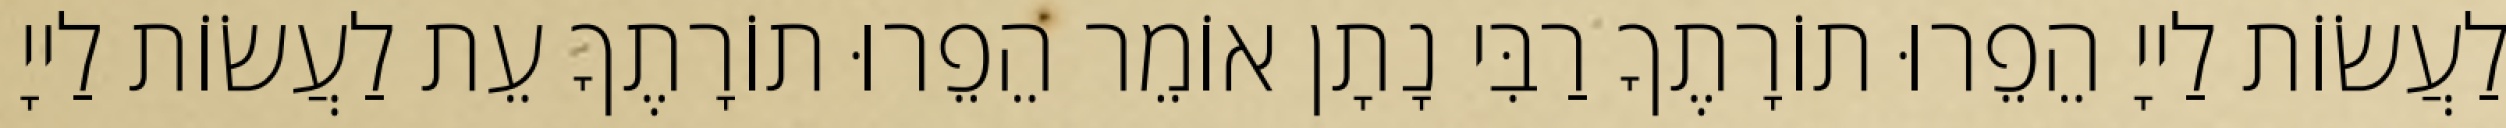
לַעֲשׂוֹת לַייָ הֵפֵרוּ תוֹרָתֶךָ רַבִּי נָתָן אוֹמֵר הֵפֵרוּ תוֹרָתֶךָ עֵת לַעֲשׂוֹת לַייָ